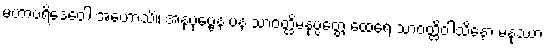
မဟာပရိဒေဝေါ အဟောသိ။ အနုပုဗ္ဗေန ပန သာဝတ္ထိမနုပ္ပတ္တေ ထေရေ သာဝတ္ထိဝါသိနော မနုဿာ